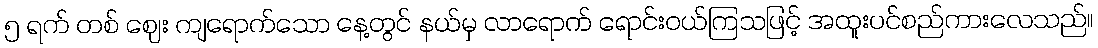
၅ ရက် တစ် ဈေး ကျရောက်သော နေ့တွင် နယ်မှ လာရောက် ရောင်းဝယ်ကြသဖြင့် အထူးပင်စည်ကားလေသည်။